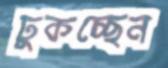
ঢুকচ্ছেন